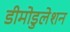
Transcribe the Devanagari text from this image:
डीमोडुलेशन